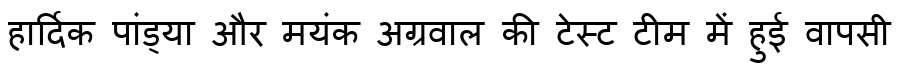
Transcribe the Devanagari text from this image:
हार्दिक पांड्या और मयंक अग्रवाल की टेस्ट टीम में हुई वापसी